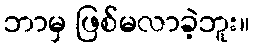
ဘာမှ ဖြစ်မလာခဲ့ဘူး။